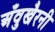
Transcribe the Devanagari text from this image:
अँवुखैरनी